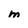
Character: M